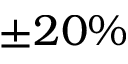
\pm 2 0 \%